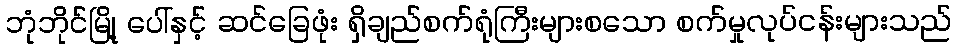
ဘုံဘိုင်မြို့ ပေါ်နှင့် ဆင်ခြေဖုံး ရှိချည်စက်ရုံကြီးများစသော စက်မှုလုပ်ငန်းများသည်